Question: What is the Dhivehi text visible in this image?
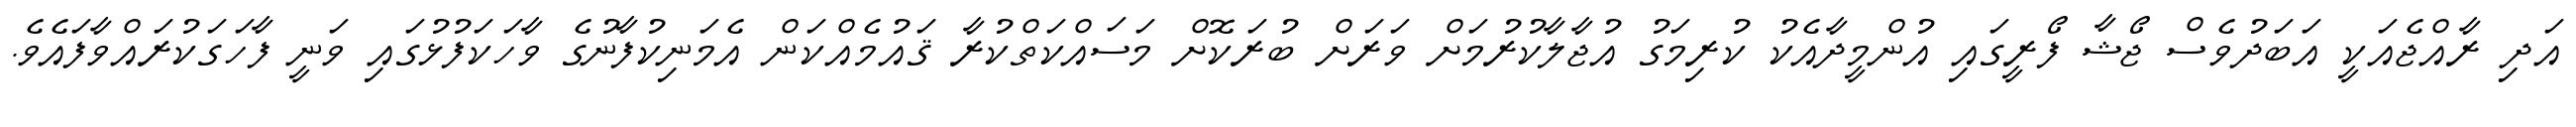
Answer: އަދި ރާއްޖެއަކީ އަބަދުވެސް ޖޯޝާ ފޯރީގައި އުންމީދާއެކު ކުރިމަގު އުޖާލާކުރުމަށް ވަރަށް ބުރަކޮށް މަސައްކަތްކުރާ ޤައުމެއްކަން އެމަނިކުފާނުގެ ވާހަކަފުޅުގައި ވަނީ ފާހަގަކުރައްވާފައެވެ.